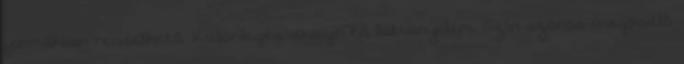
formákban rendelhető. Különleges design és látványelem. Szín azonos üvegpadló